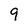
Character: 9